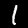
Label: 1